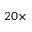
2 0 \times